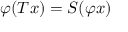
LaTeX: \varphi ( T x ) = S ( \varphi x )